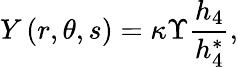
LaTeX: Y\left(r,\theta,s\right)=\kappa\Upsilon\frac{h_{4}}{h_{4}^{*}},